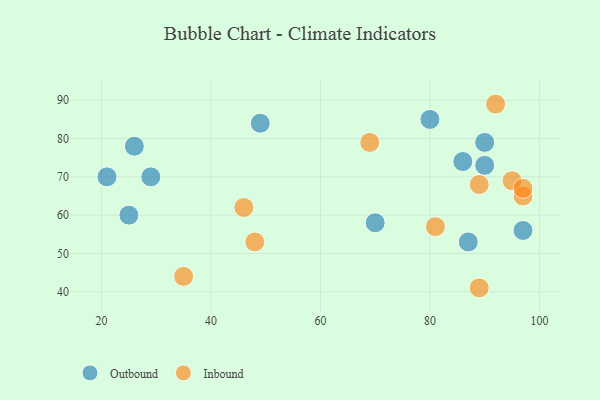
{"axis": {"x": "GDP", "y": "Life Expectancy"}, "legend": ["Inbound", "Outbound"], "data": [{"x": "29", "y": 70, "type": "Outbound"}, {"x": "90", "y": 79, "type": "Outbound"}, {"x": "86", "y": 74, "type": "Outbound"}, {"x": "80", "y": 85, "type": "Outbound"}, {"x": "70", "y": 58, "type": "Outbound"}, {"x": "25", "y": 60, "type": "Outbound"}, {"x": "26", "y": 78, "type": "Outbound"}, {"x": "49", "y": 84, "type": "Outbound"}, {"x": "97", "y": 56, "type": "Outbound"}, {"x": "87", "y": 53, "type": "Outbound"}, {"x": "90", "y": 73, "type": "Outbound"}, {"x": "21", "y": 70, "type": "Outbound"}, {"x": "69", "y": 79, "type": "Inbound"}, {"x": "35", "y": 44, "type": "Inbound"}, {"x": "89", "y": 41, "type": "Inbound"}, {"x": "95", "y": 69, "type": "Inbound"}, {"x": "48", "y": 53, "type": "Inbound"}, {"x": "97", "y": 65, "type": "Inbound"}, {"x": "46", "y": 62, "type": "Inbound"}, {"x": "92", "y": 89, "type": "Inbound"}, {"x": "81", "y": 57, "type": "Inbound"}, {"x": "97", "y": 67, "type": "Inbound"}, {"x": "89", "y": 68, "type": "Inbound"}]}